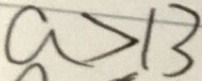
a > 1 3